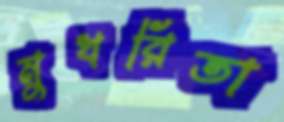
মুখরিতা